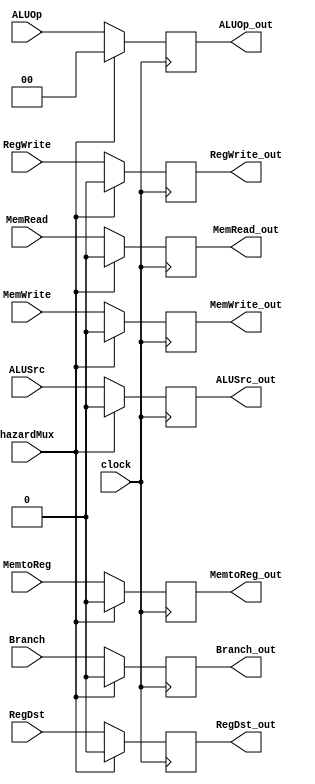
module muxControle(clock, hazardMux, RegDst, Branch, MemRead, MemtoReg, ALUOp, MemWrite, ALUSrc, RegWrite, RegDst_out, Branch_out, MemRead_out, MemtoReg_out, ALUOp_out, MemWrite_out, ALUSrc_out, RegWrite_out);

    input clock;
    input hazardMux;
    input RegDst;
    input Branch;
    input MemRead;
    input MemtoReg;
    input [1:0] ALUOp;
    input MemWrite;
    input ALUSrc;
    input RegWrite;

    output reg RegDst_out;
    output reg Branch_out;
    output reg MemRead_out;
    output reg MemtoReg_out;
    output reg [1:0] ALUOp_out;
    output reg MemWrite_out;
    output reg ALUSrc_out;
    output reg RegWrite_out;

    always @ (posedge clock) begin
        if(hazardMux == 1)begin
            RegDst_out = 0;
            Branch_out = 0;
            MemRead_out = 0;
            MemtoReg_out = 0;
            ALUOp_out = 2'b00;
            MemWrite_out = 0;
            ALUSrc_out = 0;
            RegWrite_out = 0;  
        end else begin
            RegDst_out = RegDst;
            Branch_out = Branch;
            MemRead_out = MemRead;
            MemtoReg_out = MemtoReg;
            ALUOp_out = ALUOp;
            MemWrite_out = MemWrite;
            ALUSrc_out = ALUSrc;
            RegWrite_out = RegWrite;  
        end
    end
endmodule